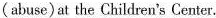
(abuse) at the Children's Center.